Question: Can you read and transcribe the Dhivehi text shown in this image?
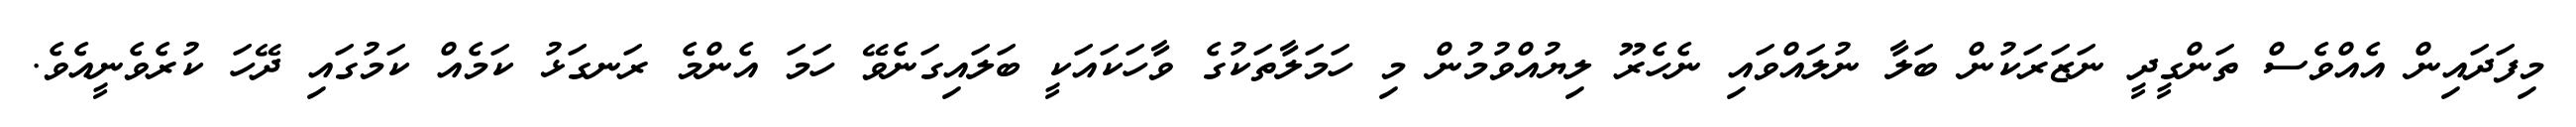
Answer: މިފަދައިން އެއްވެސް ތަންގީދީ ނަޒަރަކުން ބަލާ ނުލައްވައި ނެހެރޫ ލިޔުއްވުމުން މި ހަމަލާތަކުގެ ވާހަކައަކީ ބަލައިގަނެވޭ ހަމަ އެންމެ ރަނގަޅު ކަމެއް ކަމުގައި ދޭހަ ކުރެވެނީއެވެ.